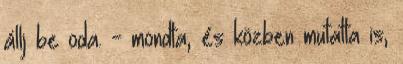
állj be oda. - mondta, és közben mutatta is,